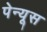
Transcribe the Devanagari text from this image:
पेन्यूस